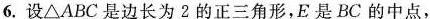
6.设△ABC是边长为2的正三角形，E是BC的中点，